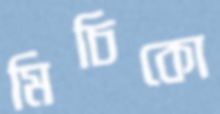
মিচিকো